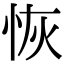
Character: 恢